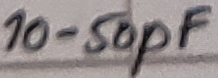
Text: 10-50pF